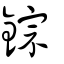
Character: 錝